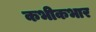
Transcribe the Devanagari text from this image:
कभीकभार